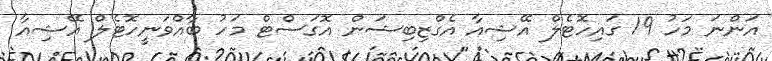
އަންނަ މަހު 19 ގައިހޮޓެލް އޭޝިއާ އެގްޒިބިޝަން އޮގަސްޓް މަހު ބާއްވަނީހޮޓެލް އޭޝިއާ